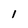
Character: I